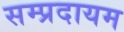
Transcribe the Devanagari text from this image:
सम्प्रदायम